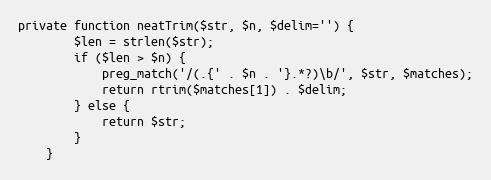
Language: PHP
private function neatTrim($str, $n, $delim='') {
		$len = strlen($str);
		if ($len > $n) {
			preg_match('/(.{' . $n . '}.*?)\b/', $str, $matches);
			return rtrim($matches[1]) . $delim;
		} else {
			return $str;
		}
	}